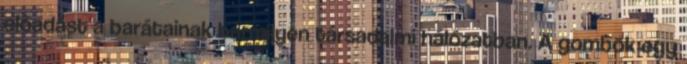
előadást a barátainak bármilyen társadalmi hálózatban. A gombok egy